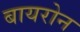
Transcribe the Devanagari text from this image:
बायरोन